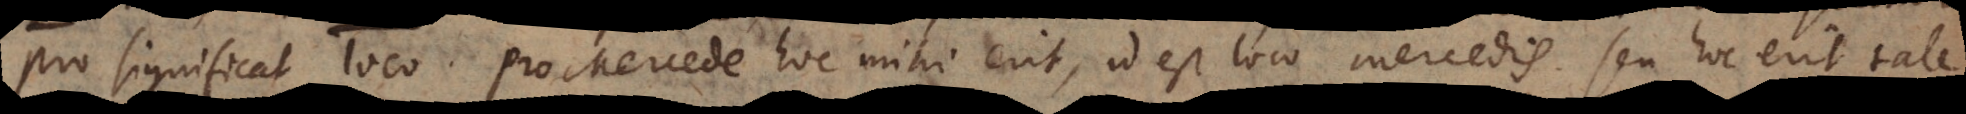
pro significat loco. Pro Mercede hoc mihi erit, id est loco mercedis, seu hoc erit tale